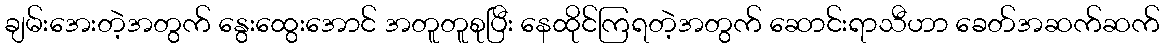
ချမ်းအေးတဲ့အတွက် နွေးထွေးအောင် အတူတူစုပြီး နေထိုင်ကြရတဲ့အတွက် ဆောင်းရာသီဟာ ခေတ်အဆက်ဆက်